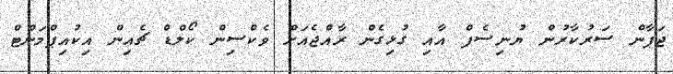
ޖަޕާން ސަރުކާރުން ޔުނިސެފް އާއި ގުޅިގެން ރާއްޖެއަށް ވެކްސިން ކޯލްޑް ޗެއިން އިކުއިޕްމަންޓް